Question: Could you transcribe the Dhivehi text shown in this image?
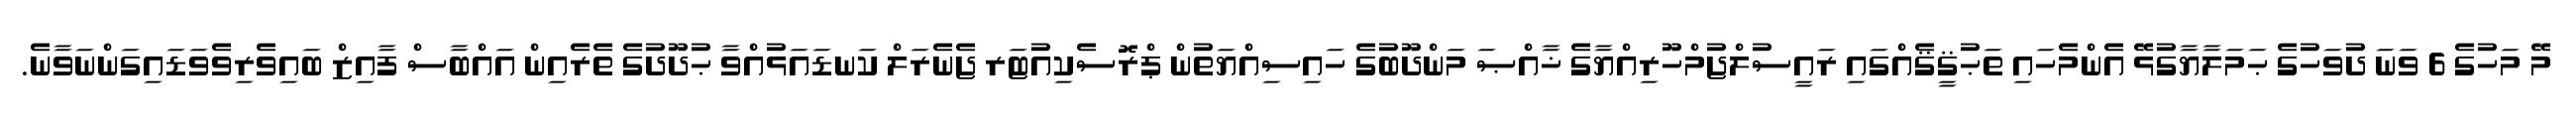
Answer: މޭ މަހުގެ 6 ވަނަ ދުވަހުގެ ޙަމަލާޔާގުޅޭ އެންމެހައި ތަޙުޤީޤެއްގައި ރައީސުލްޖުމްހޫރިއްޔާގެ ޚާއްޞަ މަންދޫބުގެ ހައިސިއްޔަތުން ޕްރޮސެކިއުޓަރ ޖެނެރަލް ކަނޑައަޅުއްވާ ޙުދޫދުގެ ތެރެއިން އައްބާސް ފާއިޒް ބައިވެރިވެވަޑައިގަންނަވާނެ.